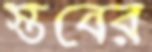
স্তবের